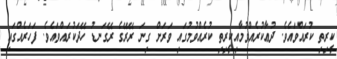
ކީރިތި ކުރައްވައެވެ. ދުޢާކުރެއްވުމާއިކީރިތި ކުރެއްވުމުގައި ވަރަށް ގިނަ ރޭރޭގެ ރޭގަނޑު ހޭދަކުރައްވައެވެ. ފަހަރެއްގައި